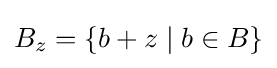
B_{z}=\{b+z\mid b\in B\}